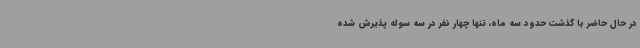
در حال حاضر با گذشت حدود سه ماه، تنها چهار نفر در سه سوله پذیرش شده